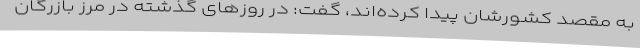
به مقصد کشورشان پیدا کرده‌اند، گفت: در روزهای گذشته در مرز بازرگان